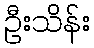
ဦးသိန်း